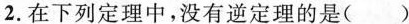
2.在下列定理中，没有逆定理的是( )